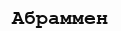
Абраммен